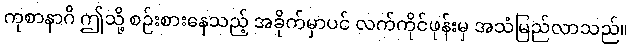
ကုစာနာဂိ ဤသို့ စဉ်းစားနေသည့် အခိုက်မှာပင် လက်ကိုင်ဖုန်းမှ အသံမြည်လာသည်။